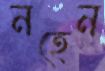
নহেন